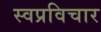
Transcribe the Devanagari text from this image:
स्वप्रविचार